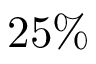
2 5 \%